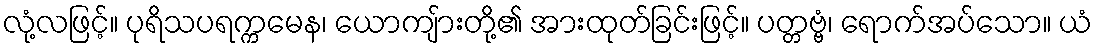
လုံ့လဖြင့်။ ပုရိသပရက္ကမေန၊ ယောကျ်ားတို့၏ အားထုတ်ခြင်းဖြင့်။ ပတ္တဗ္ဗံ၊ ရောက်အပ်သော။ ယံ